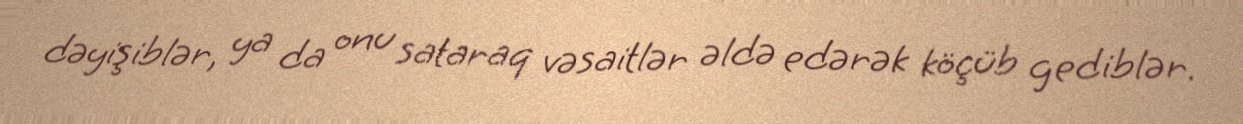
dəyişiblər, ya da onu sataraq vəsaitlər əldə edərək köçüb gediblər.